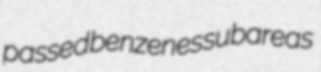
passed benzenes subareas